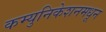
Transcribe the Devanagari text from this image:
कम्युनिकेशनमधून